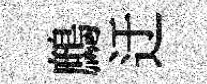
鷓迂